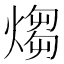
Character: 煼